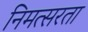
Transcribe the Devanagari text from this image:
निमत्सरता